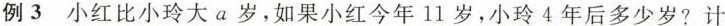
例3 小红比小玲大a岁，如果小红今年11岁，小玲4年后多少岁?计